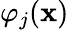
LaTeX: \varphi_{j}(\mathbf{x})